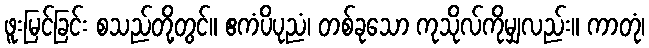
ဖူးမြင်ခြင်း စသည်တို့တွင်။ ဧကံပိပုညံ၊ တစ်ခုသော ကုသိုလ်ကိုမျှလည်း။ ကာတုံ၊